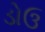
ડોઉ